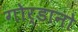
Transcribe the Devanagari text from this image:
गोर्डानो